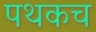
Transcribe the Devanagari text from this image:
पथकच